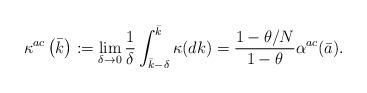
LaTeX: \begin{align*} \kappa^{ac}\left(\bar k\right) := \lim_{\delta \to 0}\frac{1}{\delta} \int_{\bar k-\delta}^{\bar k} \kappa(dk) =\frac{1-\theta/N}{1-\theta} \alpha^{ac}(\bar a).\end{align*}